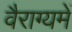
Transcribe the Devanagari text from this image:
वैराग्यमें